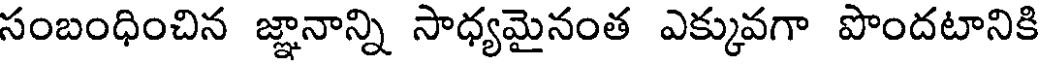
సంబంధించిన జ్ఞానాన్ని సాధ్యమైనంత ఎక్కువగా పొందటానికి